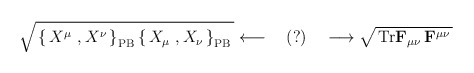
\begin{align*}\sqrt{\,\left\{\, X^\mu\ , X^\nu\,\right\}_{\mathrm{PB}}\left\{\, X_\mu\ , X_\nu\,\right\}_{\mathrm{PB}}\,}\longleftarrow \quad (?)\quad\longrightarrow\sqrt{\, \mathrm{Tr}\mathbf{F}_{\mu\nu}\, \mathbf{F}^{\mu\nu}\,} \end{align*}